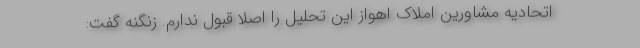
اتحادیه مشاورین املاک اهواز این تحلیل را اصلا قبول ندارم. زنگنه گفت: